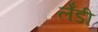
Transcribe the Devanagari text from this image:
लेँडी